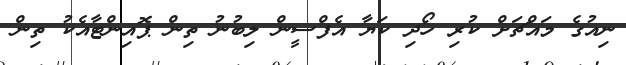
ނިއުގެ މައްޗަށް ކުރި ހޯދި ކަޔާ އެފްސީން ލިބުނު ތިން ޕޮއިންޓާއެކު ތިން